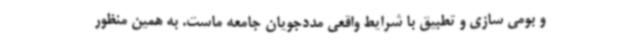
و بومی سازی و تطبیق با شرایط واقعی مددجویان جامعه ماست. به همین منظور